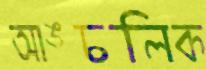
আঙ্চলিক